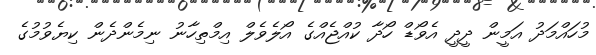
މުހައްމަދު އަމީން ދީދީ އެވޯޑް ހޯދާ ކުއްޖެއްގެ އޯލެވެލް އިމްތިހާނު ނިމެންދެން ކިޔެވުމުގެ